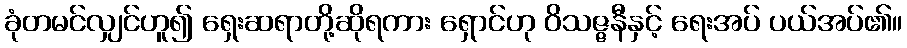
ခုံတမင်လျှင်ဟူ၍ ရှေးဆရာတို့ဆိုရကား ရှောင်ဟု ဝိသဇ္ဇနီနှင့် ရေးအပ် ပယ်အပ်၏။